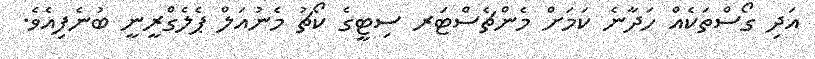
އަދި ގޯސްތަކެއް ހަދާނެ ކަމަށް މެންޗެސްޓަރ ސިޓީގެ ކޯޗު މެނުއަލް ޕެލެގްރީނީ ބުނެފިއެވެ.